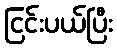
ငြင်းပယ်ပြီး